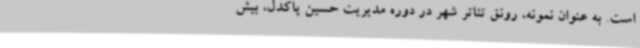
است. به عنوان نمونه، رونق تئاتر شهر در دوره مدیریت حسین پاکدل، بیش